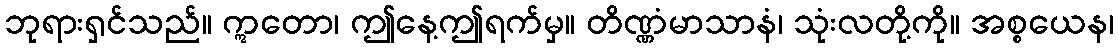
ဘုရားရှင်သည်။ ဣတော၊ ဤနေ့ဤရက်မှ။ တိဏ္ဏံမာသာနံ၊ သုံးလတို့ကို။ အစ္စယေန၊